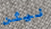
نيثن